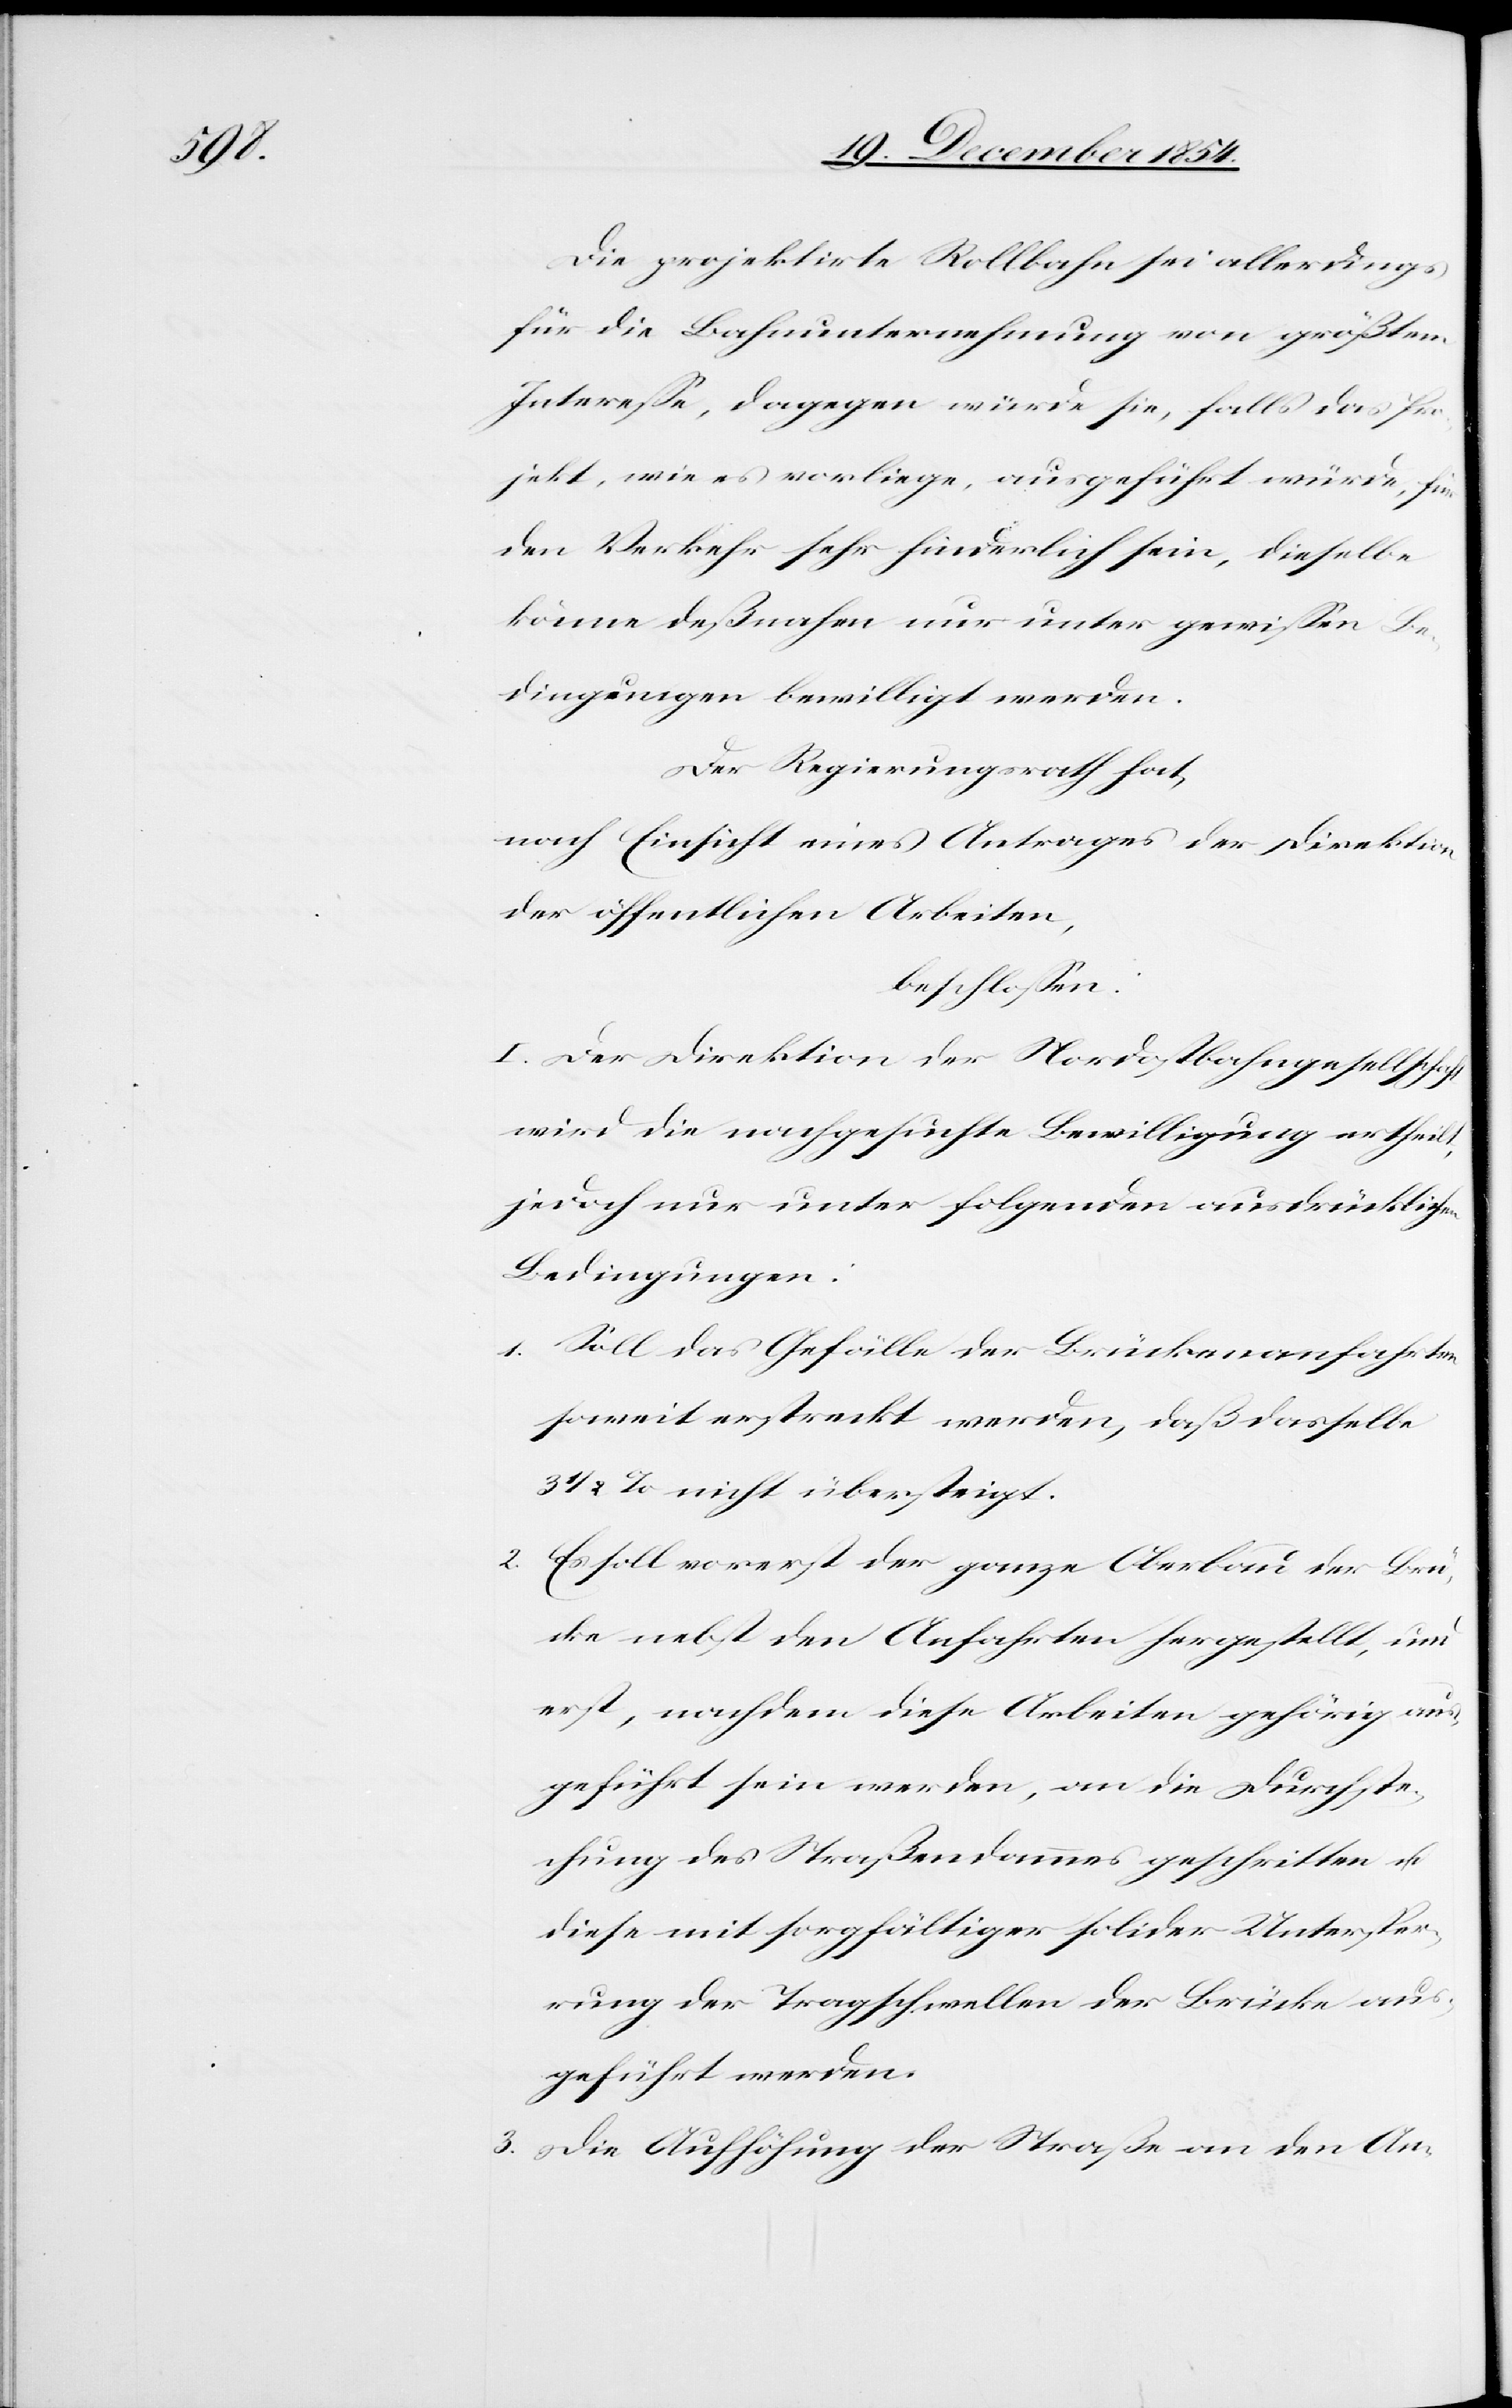
lt,

Die projektirte Rollbahn sei allerdings
für die Bahnunternehmung von größtem
Intereße, dagegen würde sie falls das Pro¬
jekt, wie es vorliege, ausgeführt würde, für
den Verkehr sehr hinderlich sein, dieselbe
könne deßnahen nur unter gewißen Be¬
dingungen bewilligt werden.
Der Regierungsrath hat,
nach Einsicht eines Antrages der Direktion
der öffentlichen Arbeiten,
beschloßen:
I. Der Direktion der Nordostbahngesellschaft
wird die nachgesuchte Bewilligung erthei¬
jedoch nur unter folgenden ausdrücklichen
Bedingungen:
1. Soll das Gefälle der Brückenanfahrten
soweit erstreckt werden, daß dasselbe
3 1/2% nicht übersteigt.
2. Es soll vorerst der ganze Oberbau der Brü¬
cke nebst den Anfahrten hergestellt, und
erst, nachdem diese Arbeiten gehörig aus¬
geführt sein werden, an die Durchste¬
chung des Straßendammes geschritten u.
diese mit sorgfältiger solider Untersper¬
rung der Tragschwellen der Brücke aus¬
geführt werden.
3. Die Aufhöhung der Straße an den An-